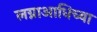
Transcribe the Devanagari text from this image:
लग्नाआधिच्या